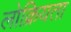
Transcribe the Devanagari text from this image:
लोक्रियता